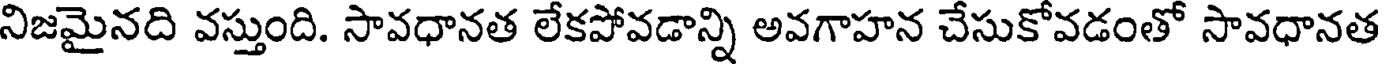
నిజమైనది వస్తుంది. సావధానత లేకపోవడాన్ని అవగాహన చేసుకోవడంతో సావధానత